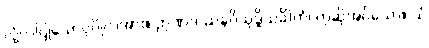
လုံ့လပြုသောပုဂ္ဂိုလ်အား။ ဉာဏဒဿနဝိသုဒ္ဓိသင်္ခါတံ၊ ဟုဆိုအပ်သော။ ယံ